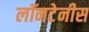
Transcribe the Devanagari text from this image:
लॉनटेनीस